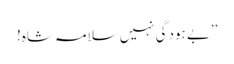
’’بے ہودگی نہیں سلامہ شاہ!